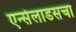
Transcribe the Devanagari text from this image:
एन्सेलाडसचा